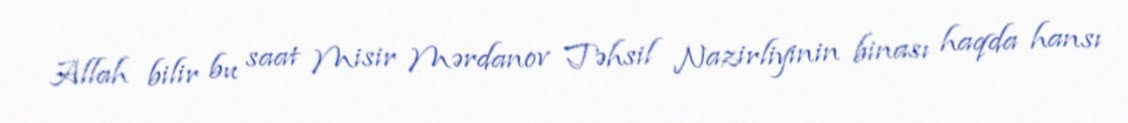
Allah bilir bu saat Misir Mərdanov Təhsil Nazirliyinin binası haqda hansı